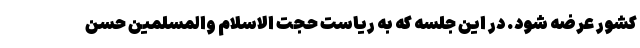
کشور عرضه شود. در این جلسه که به ریاست حجت الاسلام والمسلمین حسن